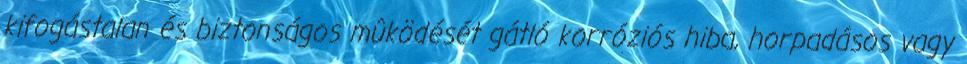
kifogástalan és biztonságos mûködését gátló korróziós hiba, horpadásos vagy